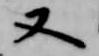
又